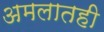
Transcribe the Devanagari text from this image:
अमलातही